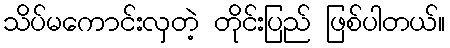
သိပ်မကောင်းလှတဲ့ တိုင်းပြည် ဖြစ်ပါတယ်။